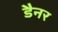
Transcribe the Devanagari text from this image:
डैनर